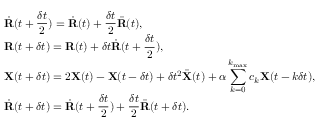
\begin{array} { l } { { \displaystyle { { \dot { \bf R } } } ( t + \frac { \delta t } { 2 } ) = { { \dot { \bf R } } } ( t ) + \frac { \delta t } { 2 } { { \ddot { \bf R } } } ( t ) } , \ ~ } \\ { { \displaystyle { { \bf R } } ( t + \delta t ) = { { \bf R } } ( t ) + \delta t { { \dot { \bf R } } } ( t + \frac { \delta t } { 2 } ) } , \ ~ } \\ { { \displaystyle { \bf X } ( t + \delta t ) = 2 { \bf X } ( t ) - { \bf X } ( t - \delta t ) + \delta t ^ { 2 } { \ddot { \bf X } } ( t ) + \alpha \sum _ { k = 0 } ^ { k _ { \mathrm { m a x } } } c _ { k } { \bf X } ( t - k \delta t ) } , \ ~ } \\ { { \displaystyle { { \dot { \bf R } } } ( t + \delta t ) = { { \dot { \bf R } } } ( t + \frac { \delta t } { 2 } ) + \frac { \delta t } { 2 } { { \ddot { \bf R } } } ( t + \delta t ) } . } \end{array}